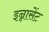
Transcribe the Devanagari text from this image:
इन्नासेंट